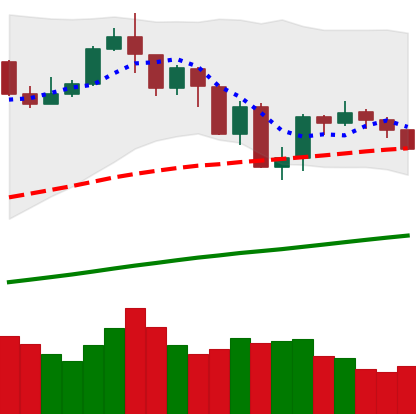
Ticker: BTC-USD
Chart end date: 2019-07-23
Forward return: -3.514%
Label: down_3_5